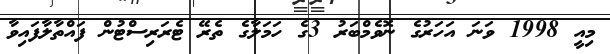
މިއީ 1998 ވަނަ އަހަރުގެ ނޮވެމްބަރު 3ގެ ހަމަލާގެ ތެރޭ ޓެރަރިސްޓުން ފައްތާލާފައިވާ